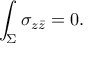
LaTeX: \int _ { \Sigma } \sigma _ { z \bar { z } } = 0 .